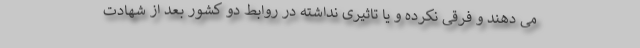
می دهند و فرقی نکرده و یا تاثیری نداشته در روابط دو کشور بعد از شهادت